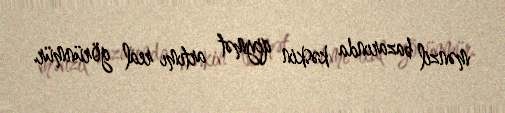
mənzil bazarında kəskin qiymət artımı real görünmür.